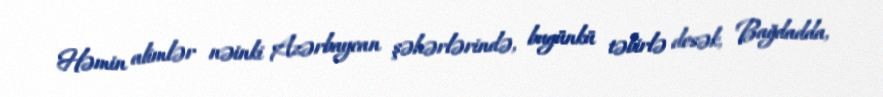
Həmin alimlər nəinki Azərbaycan şəhərlərində, bugünkü təbirlə desək, Bağdadda,